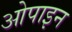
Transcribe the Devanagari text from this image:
ओपाइन